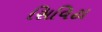
સિવિટા